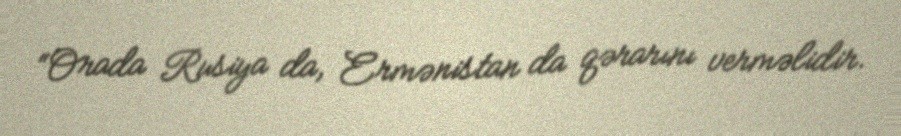
“Orada Rusiya da, Ermənistan da qərarını verməlidir.